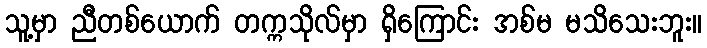
သူ့မှာ ညီတစ်ယောက် တက္ကသိုလ်မှာ ရှိကြောင်း အစ်မ မသိသေးဘူး။